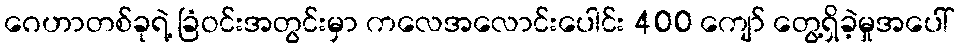
ဂေဟာတစ်ခုရဲ့ ခြံဝင်းအတွင်းမှာ ကလေအလောင်းပေါင်း 400 ကျော် တွေ့ရှိခဲ့မှုအပေါ်